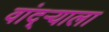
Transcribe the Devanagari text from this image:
वांद्‌ऱ्याला